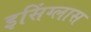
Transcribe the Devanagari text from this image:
इसिंग्लास